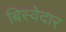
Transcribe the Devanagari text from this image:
बिस्‍वेदार